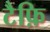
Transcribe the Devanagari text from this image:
टैफ़ि